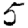
Digit: 5